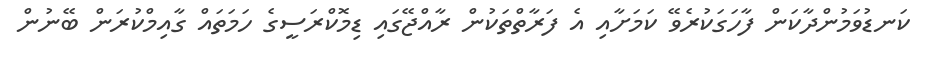
ކަނޑުވަމުންދާކަން ފާހަގަކުރެވޭ ކަމަށާއި އެ ފަރާތްތަކުން ރާއްޖޭގައި ޑިމޮކްރަސީގެ ހަމަތައް ގާއިމްކުރަން ބޭނުން